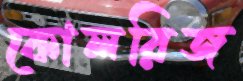
কোলরিজ